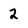
Character: 2